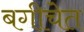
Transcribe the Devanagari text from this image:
बगीचेत